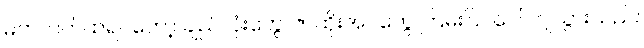
မတ်တတ်ထရပ်တော့ ချည်လုံးတွေ၊ ဇာထိုးအပ်တွေ ကြမ်းပြင်ပေါ် ကျသွားသည်။